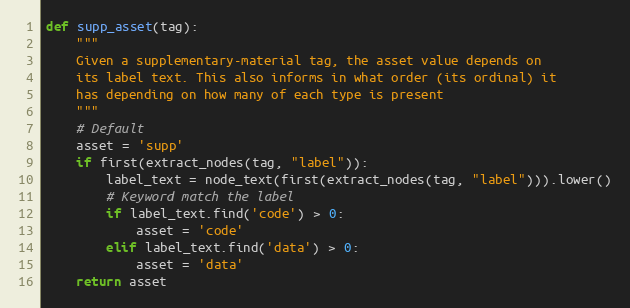
Language: Python
def supp_asset(tag):
    """
    Given a supplementary-material tag, the asset value depends on
    its label text. This also informs in what order (its ordinal) it
    has depending on how many of each type is present
    """
    # Default
    asset = 'supp'
    if first(extract_nodes(tag, "label")):
        label_text = node_text(first(extract_nodes(tag, "label"))).lower()
        # Keyword match the label
        if label_text.find('code') > 0:
            asset = 'code'
        elif label_text.find('data') > 0:
            asset = 'data'
    return asset